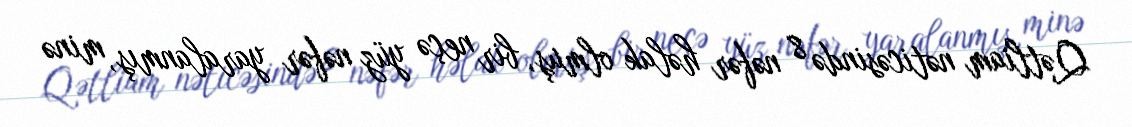
Qətliam nəticəsində 8 nəfər həlak olmuş, bir neçə yüz nəfər yaralanmış, minə